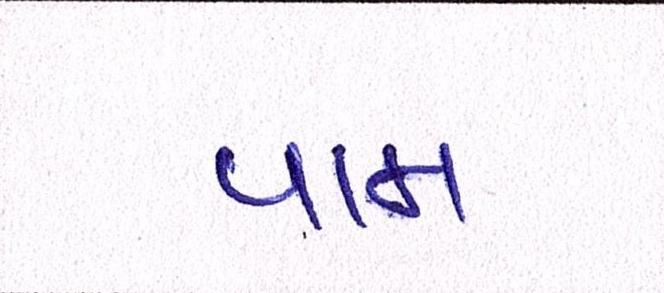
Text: પામ